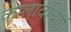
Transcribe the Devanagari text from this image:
कालावधियां